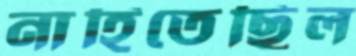
নাহিতেছিল